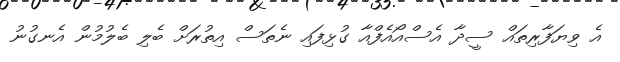
އެ ވިޔަފާރިތައް ސީދާ އެސްއޯއެފްއާ ގުޅިފައި ނެތަސް އިތުރަށް ބެލި ބެލުމުން އެނގުނު